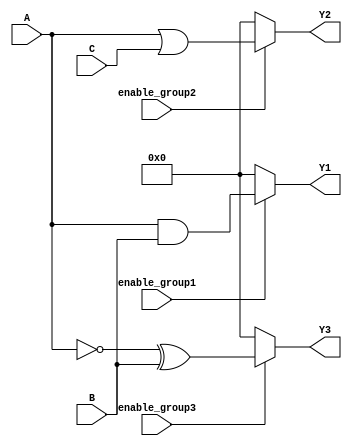
module AdjacencyGroups(
    input wire [3:0] A,      // Group 1 inputs
    input wire [3:0] B,      // Group 2 inputs
    input wire [3:0] C,      // Group 3 inputs
    input wire enable_group1, // Control signal for Group 1
    input wire enable_group2, // Control signal for Group 2
    input wire enable_group3, // Control signal for Group 3
    output wire [3:0] Y1,     // Group 1 output
    output wire [3:0] Y2,     // Group 2 output
    output wire [3:0] Y3      // Group 3 output
);

// Group 1: AND Logic
assign Y1 = enable_group1 ? (A & B) : 4'b0000; // If enabled, perform AND

// Group 2: OR Logic
assign Y2 = enable_group2 ? (A | C) : 4'b0000; // If enabled, perform OR

// Group 3: NOT Logic followed by XOR with another input
wire [3:0] not_A;
assign not_A = ~A; // NOT logic
assign Y3 = enable_group3 ? (not_A ^ B) : 4'b0000; // If enabled, perform XOR

endmodule